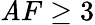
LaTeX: \mathit{A}F\geq3